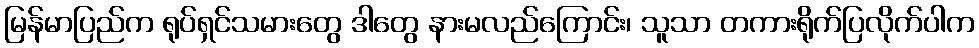
မြန်မာပြည်က ရုပ်ရှင်သမားတွေ ဒါတွေ နားမလည်ကြောင်း၊ သူသာ တကားရိုက်ပြလိုက်ပါက